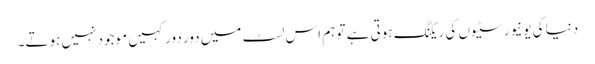
دنیا کی یونیورسٹیوں کی ریکنگ ہوتی ہے تو ہم اس لسٹ میں دور دور کہیں موجود نہیں ہوتے۔